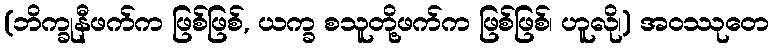
(ဘိက္ခုနီဖက်က ဖြစ်ဖြစ်, ယက္ခ စသူတို့ဖက်က ဖြစ်ဖြစ်၊ ဟူလို၊) အဝဿုတေ